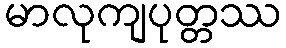
မာလုကျပုတ္တဿ